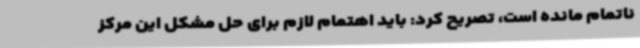
ناتمام مانده است، تصریح کرد: باید اهتمام لازم برای حل مشکل این مرکز